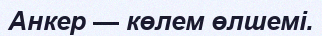
Анкер — көлем өлшемі.